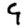
Digit: 9